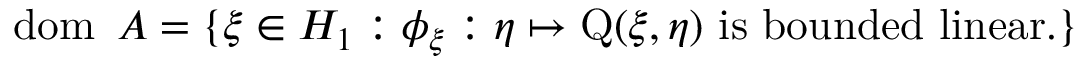
\operatorname { d o m } \ A = \{ \xi \in H _ { 1 } : \phi _ { \xi } : \eta \mapsto \operatorname { Q } ( \xi , \eta ) { \mathrm { ~ i s ~ b o u n d e d ~ l i n e a r . } } \}